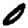
Digit: 0